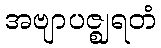
အဗျာပဇ္ဈရတံ